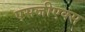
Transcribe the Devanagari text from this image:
एसजीएक्स